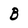
Character: B